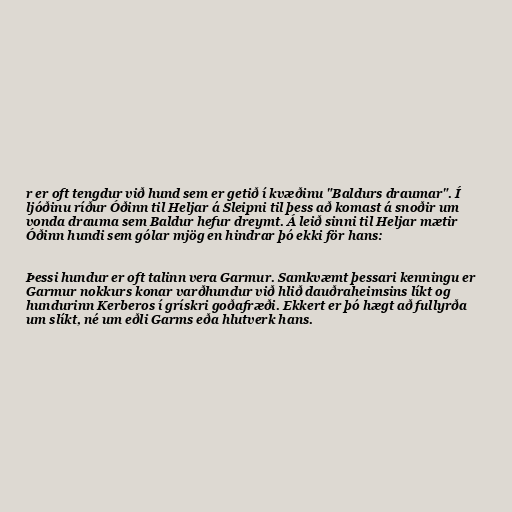
r er oft tengdur við hund sem er getið í kvæðinu "Baldurs draumar". Í
ljóðinu ríður Óðinn til Heljar á Sleipni til þess að komast á snoðir um
vonda drauma sem Baldur hefur dreymt. Á leið sinni til Heljar mætir
Óðinn hundi sem gólar mjög en hindrar þó ekki för hans:

Þessi hundur er oft talinn vera Garmur. Samkvæmt þessari kenningu er
Garmur nokkurs konar varðhundur við hlið dauðraheimsins líkt og
hundurinn Kerberos í grískri goðafræði. Ekkert er þó hægt að fullyrða
um slíkt, né um eðli Garms eða hlutverk hans.